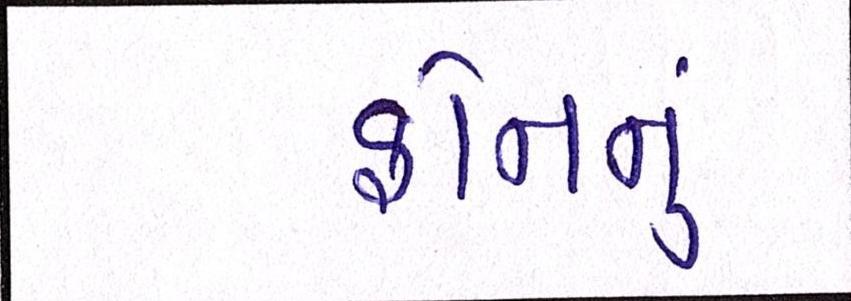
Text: ફોનનું